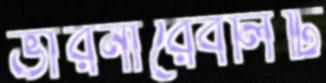
ভারনারেবলিটি